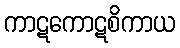
ကာဋကောဋစိကာယ